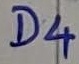
Text: D4